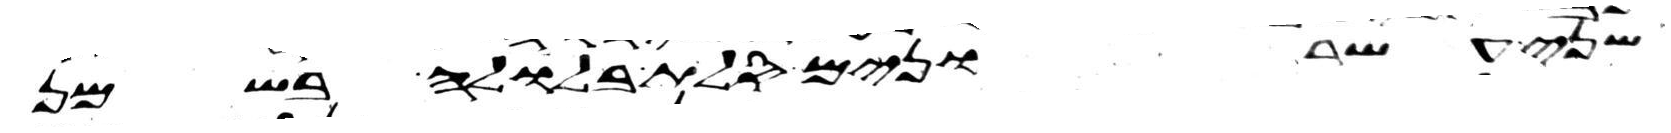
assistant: שני עשרנים סלת בלולה בשמן